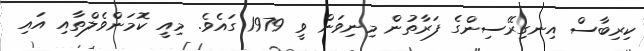
ކިރިބާސް އިނގިރޭސިންގެ ފަރާތުން މިނިވަން ވީ 1979 ގައެވެ. މިއީ ކޮމަންވެލްތާއި އައި